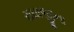
રાઘાજીના